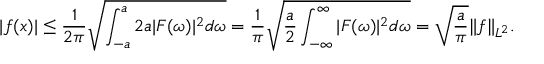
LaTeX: | f ( x ) | \leq { \frac { 1 } { 2 \pi } } { \sqrt { \int _ { - a } ^ { a } 2 a | F ( \omega ) | ^ { 2 } d \omega } } = { \frac { 1 } { \pi } } { \sqrt { { \frac { a } { 2 } } \int _ { - \infty } ^ { \infty } | F ( \omega ) | ^ { 2 } d \omega } } = { \sqrt { \frac { a } { \pi } } } \| f \| _ { L ^ { 2 } } .